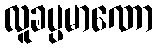
လူခပ္ပမာဏော